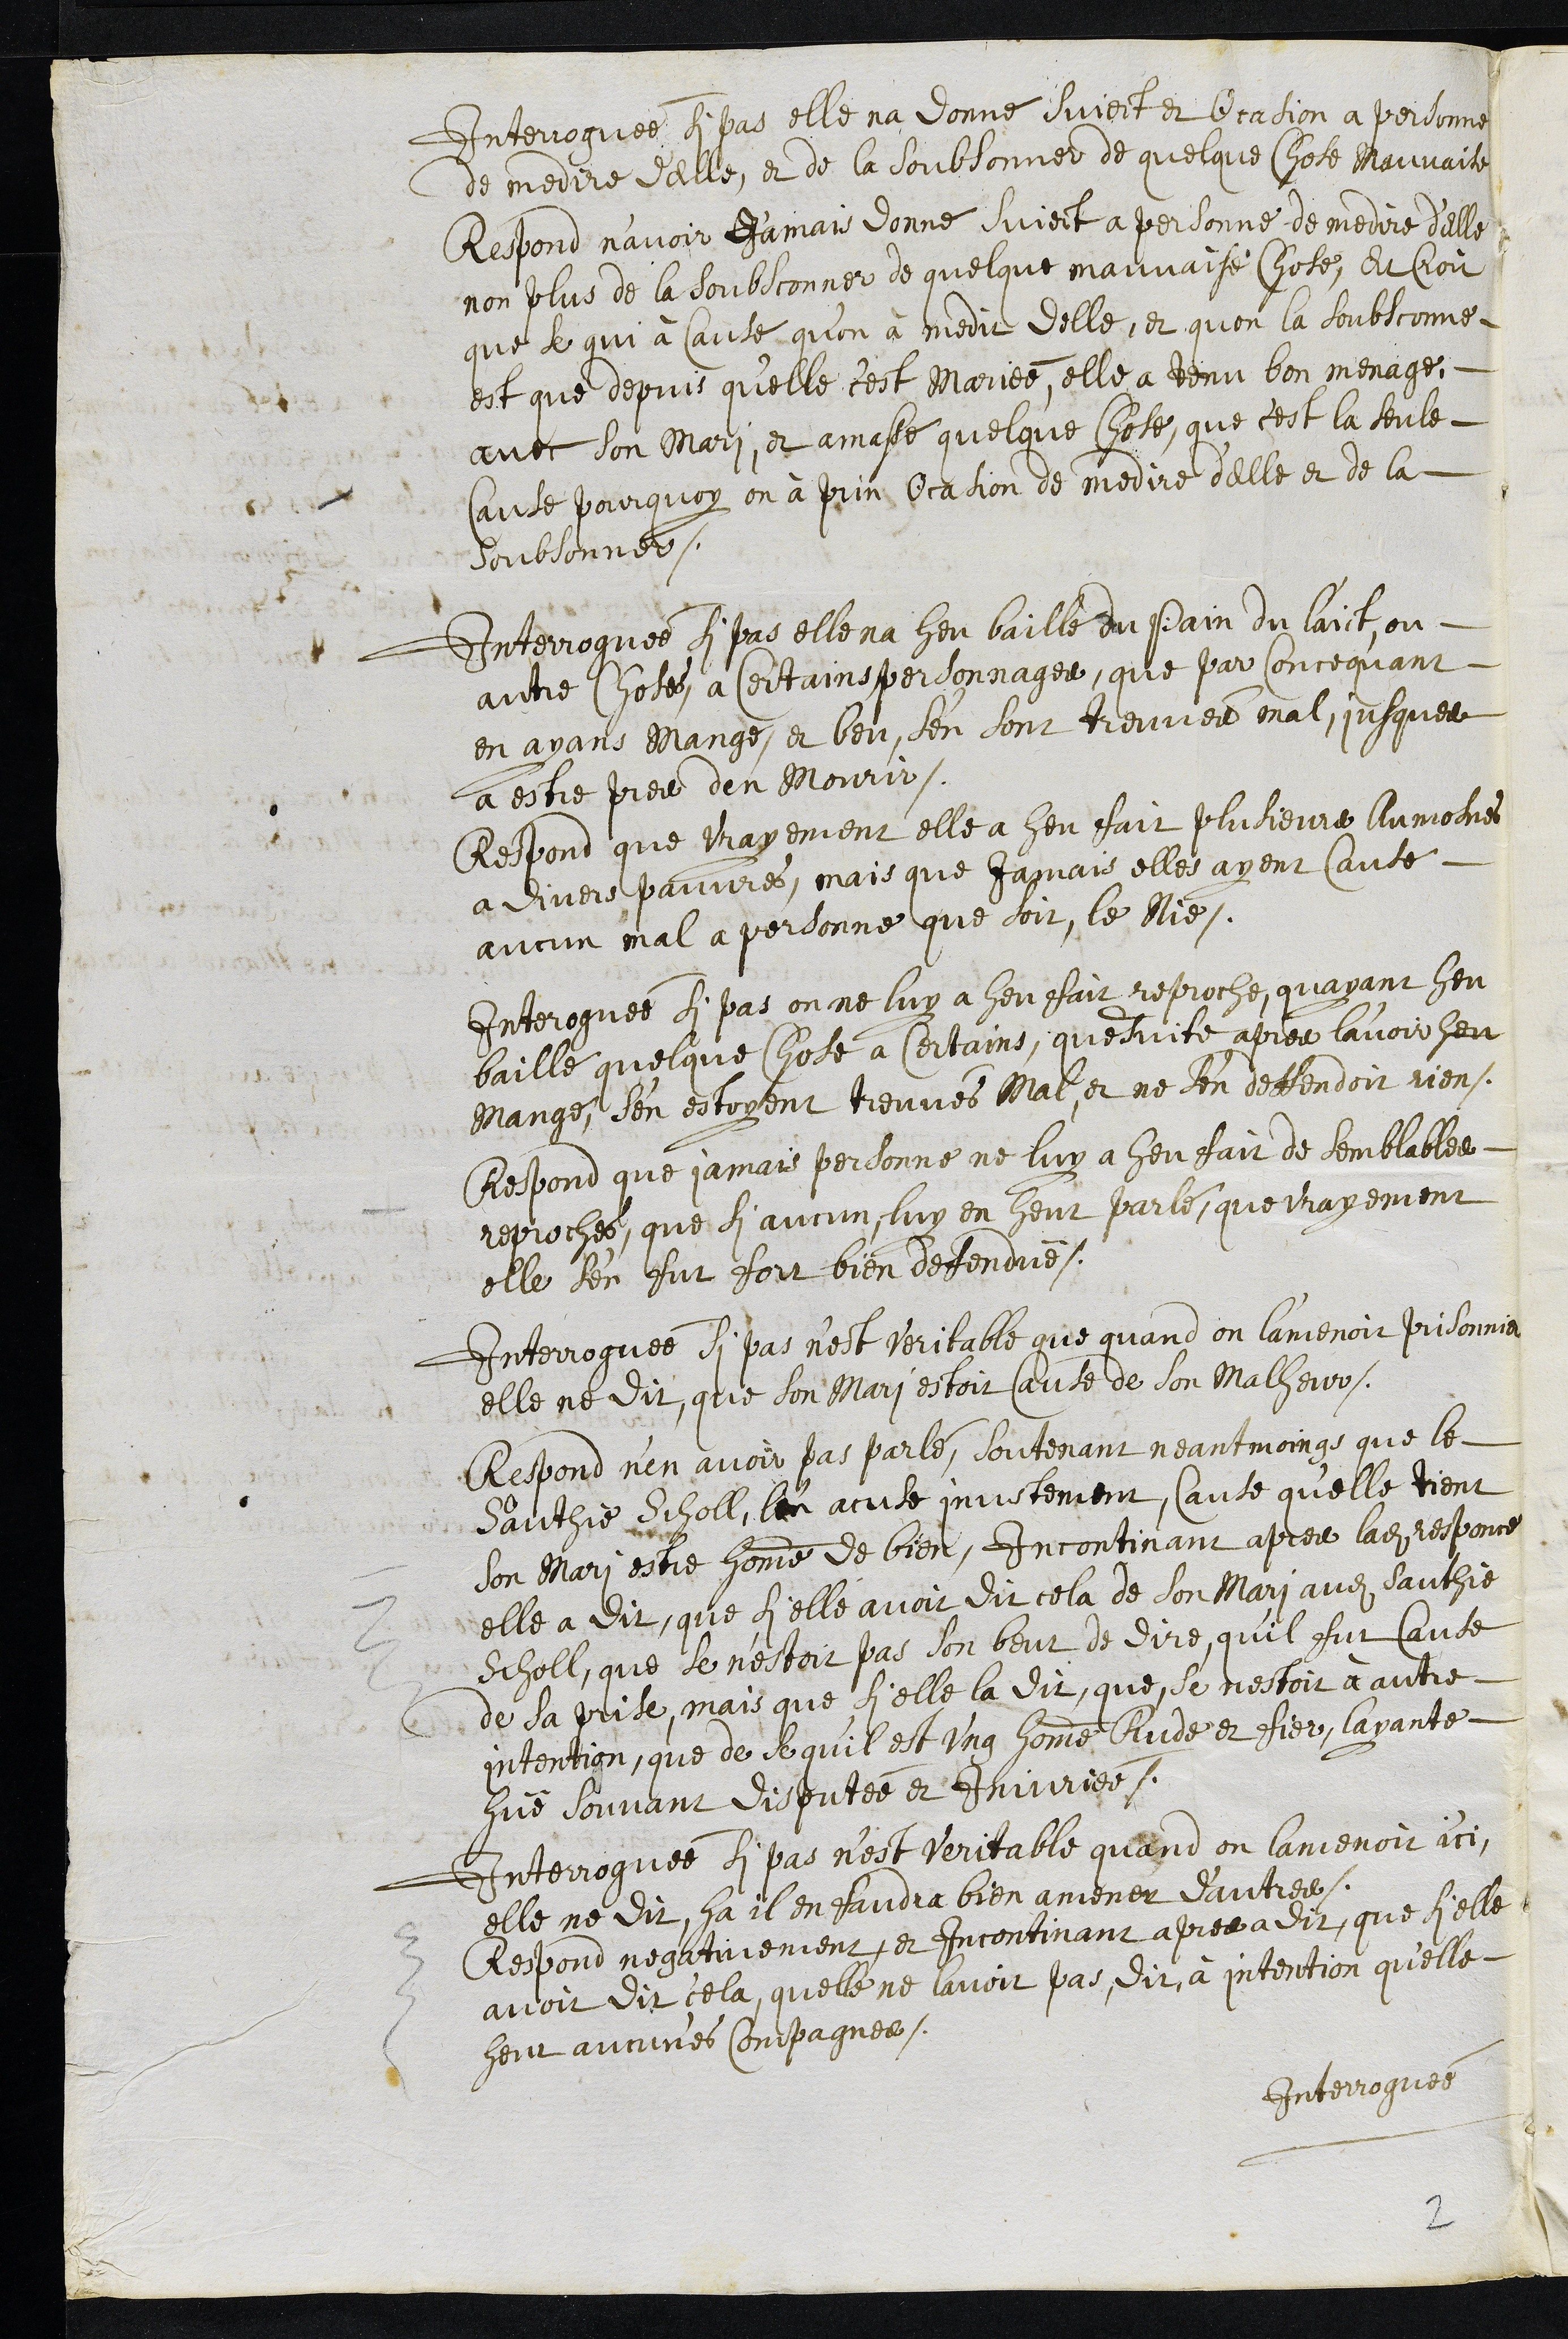
Interroguée si pas elle na donné suject et Ocasion a personne
de medire d’elle, et de la soubsonner de quelque chose Mauvaise
Respond n'avoir Jamais donne Suject a personne de medire d’elle
non plus de la soubsconner de quelque mauvaise chose, Et croit
que se qui à Causé qu’on à medit delle, et quon la soubsconne
est que depuis qu'elle c'est Mariée, elle a tenu bon menage
avec son mari, et amasse quelque chose, que c'est la seule
Cause pourquoy on à prin Ocasion de medire d'elle et de la
soubsonner.
Interroguée si pas elle na heu baille du pain du laict, ou
autre chose, a sertains personnages, que par Concequant
en ayans mange, et beu, s’en sont treuves mal, jusques
a estre pres de mourir.
Respond que vrayement elle a heu fait plusieurs Aumosnes
a divers pauvres, mais que jamais elles ayent cause
aucun mal à personne que soit, le Nie.
Interroguée si pas on ne luy a heu fait reproche, quayant heu
baille quelque chose a certains, quensuite apres l'avoir heu
mangé, s’en estoyent treuvés mal, et ne s'en deffendoit rien.
Respond que jamais personne ne luy a heu fait de semblables
reproches, que si aucun luy en heut parlé que vrayement
elle s’en fut fort bien defendue..
Interroguée si pas n’est veritable que quand on l'amenoit prisonniere
elle ne dit, que son mari estoit cause de son malheur,
Respond n'en avoir pas parlé, soutenant neantmoings que le
Sauthie Scholl, l'en acuse injustement, cause qu'elle tient
son mari estre homme de bien, Incontinant apres ladite responce
elle a dit, que si elle avoit dit cela de son mari audit Sauthie
Scholl, que se n’estoit pas son beut de dire, quil fut cause
de sa prise, mais que si elle la dit, que se nestoit à autre
intention, que de se qu’il est ung homme Rude et fier, layante
hue souvant disputée et Injuriée.
Interroguée si pas n’est veritable quand on lamenoit ici,
elle ne dit, ha il en faudra bien amener dautres.
Respond negativement, et Incontinant apres a dit que si elle
avoit dit cela, quelle ne lavoit pas dit à intention qu’elle
heut aucunes compagnes.
Interroguée
2